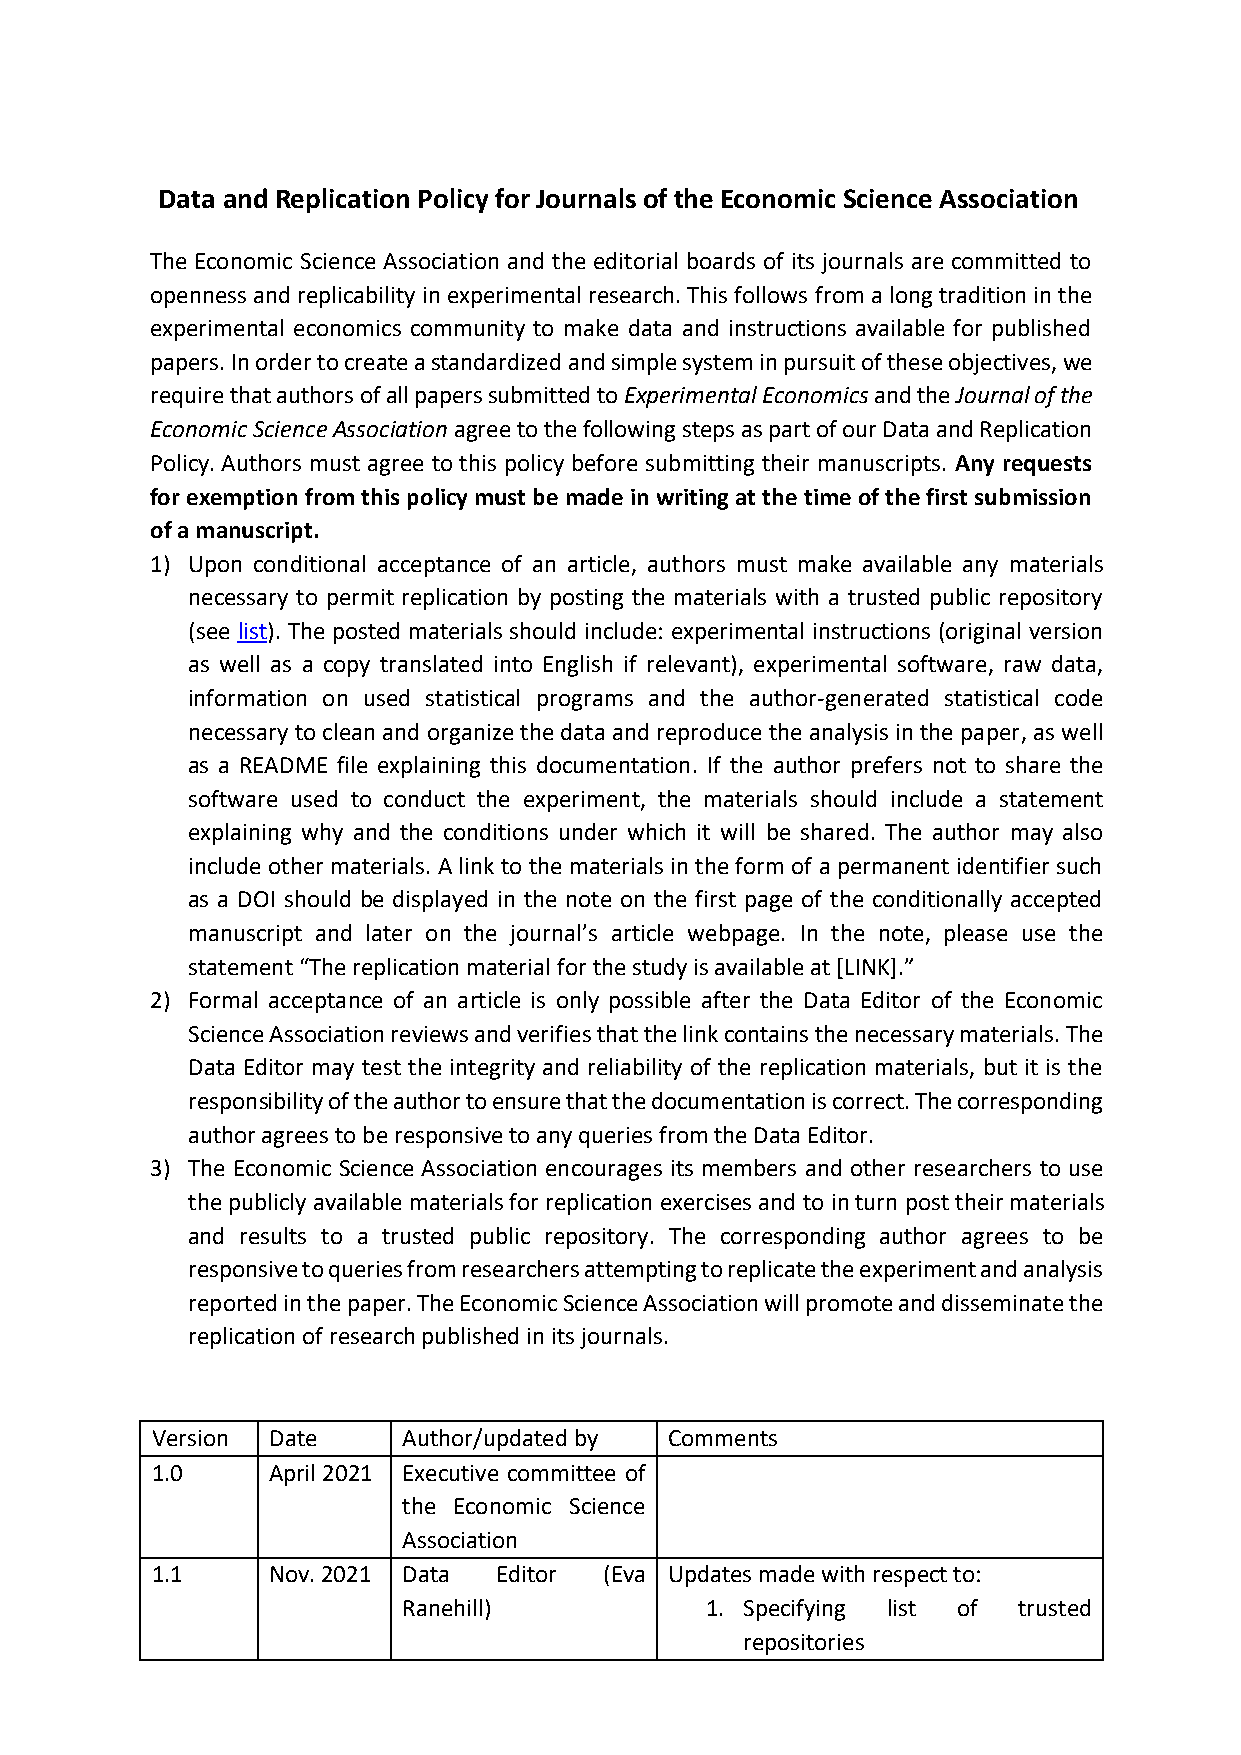
Data and Replication Policy for Journals of the Economic Science Association
 The Economic Science Association and the editorial boards of its journals are committed to
 openness and replicability in experimental research. This follows from a long tradition in the
 experimental economics community to make data and instructions available for published
 papers. In order to create a standardized and simple system in pursuit of these objectives, we
 require that authors of all papers submitted to Experimental Economics and the Journal of the
 Economic Science Association agree to the following steps as part of our Data and Replication
 Policy. Authors must agree to this policy before submitting their manuscripts. Any requests
 for exemption from this policy must be made in writing at the time of the first submission
 of a manuscript.
 1) Upon conditional acceptance of an article, authors must make available any materials
 necessary to permit replication by posting the materials with a trusted public repository
 (see list). The posted materials should include: experimental instructions (original version
 as well as a copy translated into English if relevant), experimental software, raw data,
 information on used statistical programs and the author-generated statistical code
 necessary to clean and organize the data and reproduce the analysis in the paper, as well
 as a README file explaining this documentation. If the author prefers not to share the
 software used to conduct the experiment, the materials should include a statement
 explaining why and the conditions under which it will be shared. The author may also
 include other materials. A link to the materials in the form of a permanent identifier such
 as a DOI should be displayed in the note on the first page of the conditionally accepted
 manuscript and later on the journal’s article webpage. In the note, please use the
 statement “The replication material for the study is available at [LINK].”
 2) Formal acceptance of an article is only possible after the Data Editor of the Economic
 Science Association reviews and verifies that the link contains the necessary materials. The
 Data Editor may test the integrity and reliability of the replication materials, but it is the
 responsibility of the author to ensure that the documentation is correct. The corresponding
 author agrees to be responsive to any queries from the Data Editor.
 3) The Economic Science Association encourages its members and other researchers to use
 the publicly available materials for replication exercises and to in turn post their materials
 and results to a trusted public repository. The corresponding author agrees to be
 responsive to queries from researchers attempting to replicate the experiment and analysis
 reported in the paper. The Economic Science Association will promote and disseminate the
 replication of research published in its journals.
 Version Date     Author/updated by Comments
 1.0     April 2021 Executive committee of
 the Economic Science
 Association
 1.1     Nov. 2021 Data Editor (Eva Updates made with respect to:
 Ranehill)           1. Specifying list of trusted
 repositories